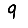
Digit: 9